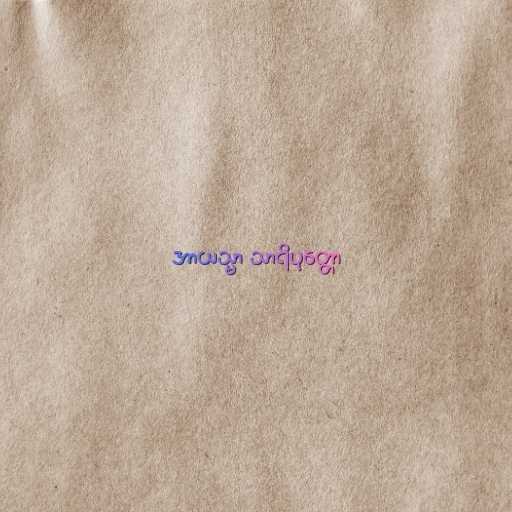
အာယသ္မာ သာရိပုတ္တော